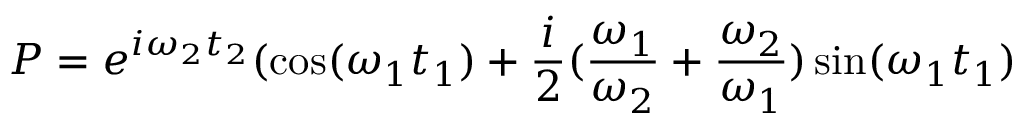
P = e ^ { i \omega _ { 2 } t _ { 2 } } ( \cos ( \omega _ { 1 } t _ { 1 } ) + \frac { i } { 2 } ( \frac { \omega _ { 1 } } { \omega _ { 2 } } + \frac { \omega _ { 2 } } { \omega _ { 1 } } ) \sin ( \omega _ { 1 } t _ { 1 } )